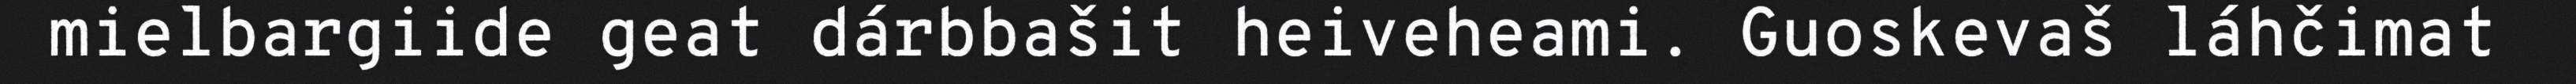
mielbargiide geat dárbbašit heiveheami. Guoskevaš láhčimat